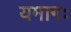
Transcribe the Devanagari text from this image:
यमागः